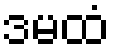
ဒမထံ